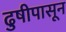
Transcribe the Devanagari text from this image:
ढुषीपासून